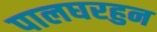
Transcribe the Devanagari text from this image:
पालघरहुन